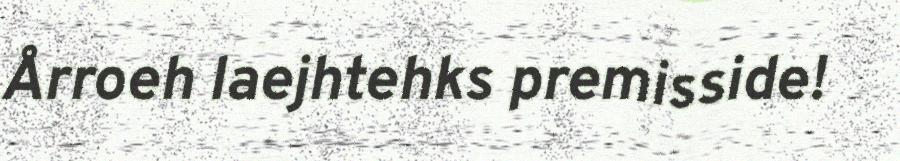
Årroeh laejhtehks premisside!